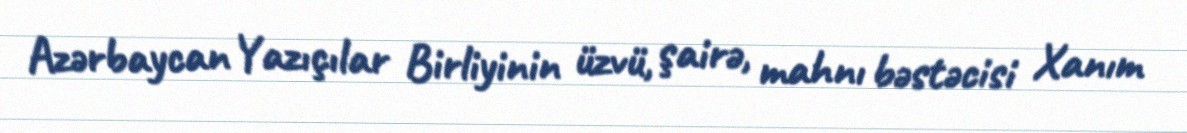
Azərbaycan Yazıçılar Birliyinin üzvü, şairə, mahnı bəstəcisi Xanım